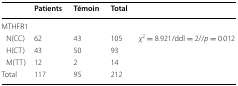
<table><thead><tr><td></td><td><b>Patients</b></td><td><b>Témoin</b></td><td><b>Total</b></td><td></td></tr></thead><tbody><tr><td colspan="5">MTHFR1</td></tr><tr><td> N(CC)</td><td>62</td><td>43</td><td>105</td><td rowspan="4"><i>χ</i><sup>2</sup> = 8.921/ddl = 2//<i>p</i> = 0.012</td></tr><tr><td> H(CT)</td><td>43</td><td>50</td><td>93</td></tr><tr><td> M(TT)</td><td>12</td><td>2</td><td>14</td></tr><tr><td>Total</td><td>117</td><td>95</td><td>212</td></tr></tbody></table>